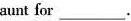
aunt for_.